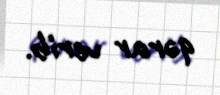
qərar verib.